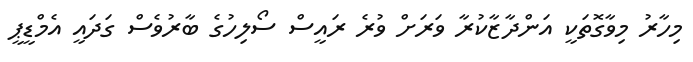
މިހާރު މިވާގޮތަކީ އަންދާޒާކުރާ ވަރަށް ވުރެ ރައީސް ސޯލިހުގެ ބާރުވެސް ގަދައީ އެމްޑީޕީ